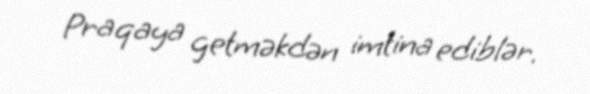
Praqaya getməkdən imtina ediblər.